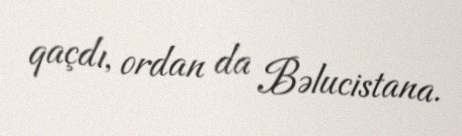
qaçdı, ordan da Bəlucistana.